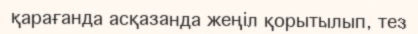
қарағанда асқазанда жеңіл қорытылып, тез